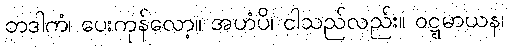
တဒါကံ၊ ပေးကုန်လော့။ အဟံပိ၊ ငါသည်လည်း။ ဝဋ္ဋမာယန၊